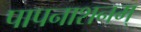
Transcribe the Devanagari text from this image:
पापनाशनम्